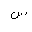
Letter: _sin